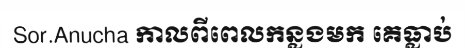
Sor.Anucha កាលពីពេលកន្លងមក គេធ្លាប់